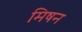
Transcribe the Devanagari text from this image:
मिषन